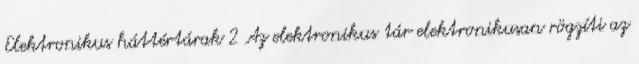
Elektronikus háttértárak 2 Az elektronikus tár elektronikusan rögzíti az